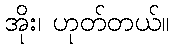
အိုး၊ ဟုတ်တယ်။